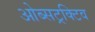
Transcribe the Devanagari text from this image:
ओब्सट्रक्टिव